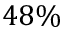
4 8 \%